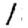
Digit: 1